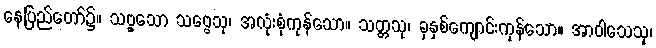
နေပြည်တော်၌။ သဗ္ဗှသော သဗ္ဗေသု၊ အလုံးစုံကုန်သော။ သတ္တသု၊ ခုနှစ်ကျောင်းကုန်သော။ အာဝါသေသု၊